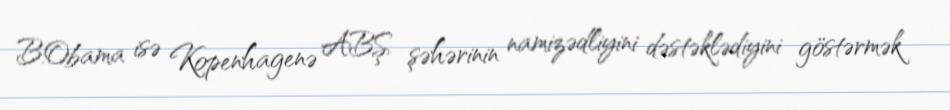
B.Obama isə Kopenhagenə ABŞ şəhərinin namizədliyini dəstəklədiyini göstərmək